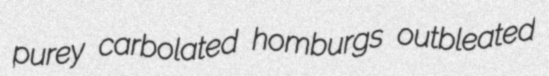
purey carbolated homburgs outbleated